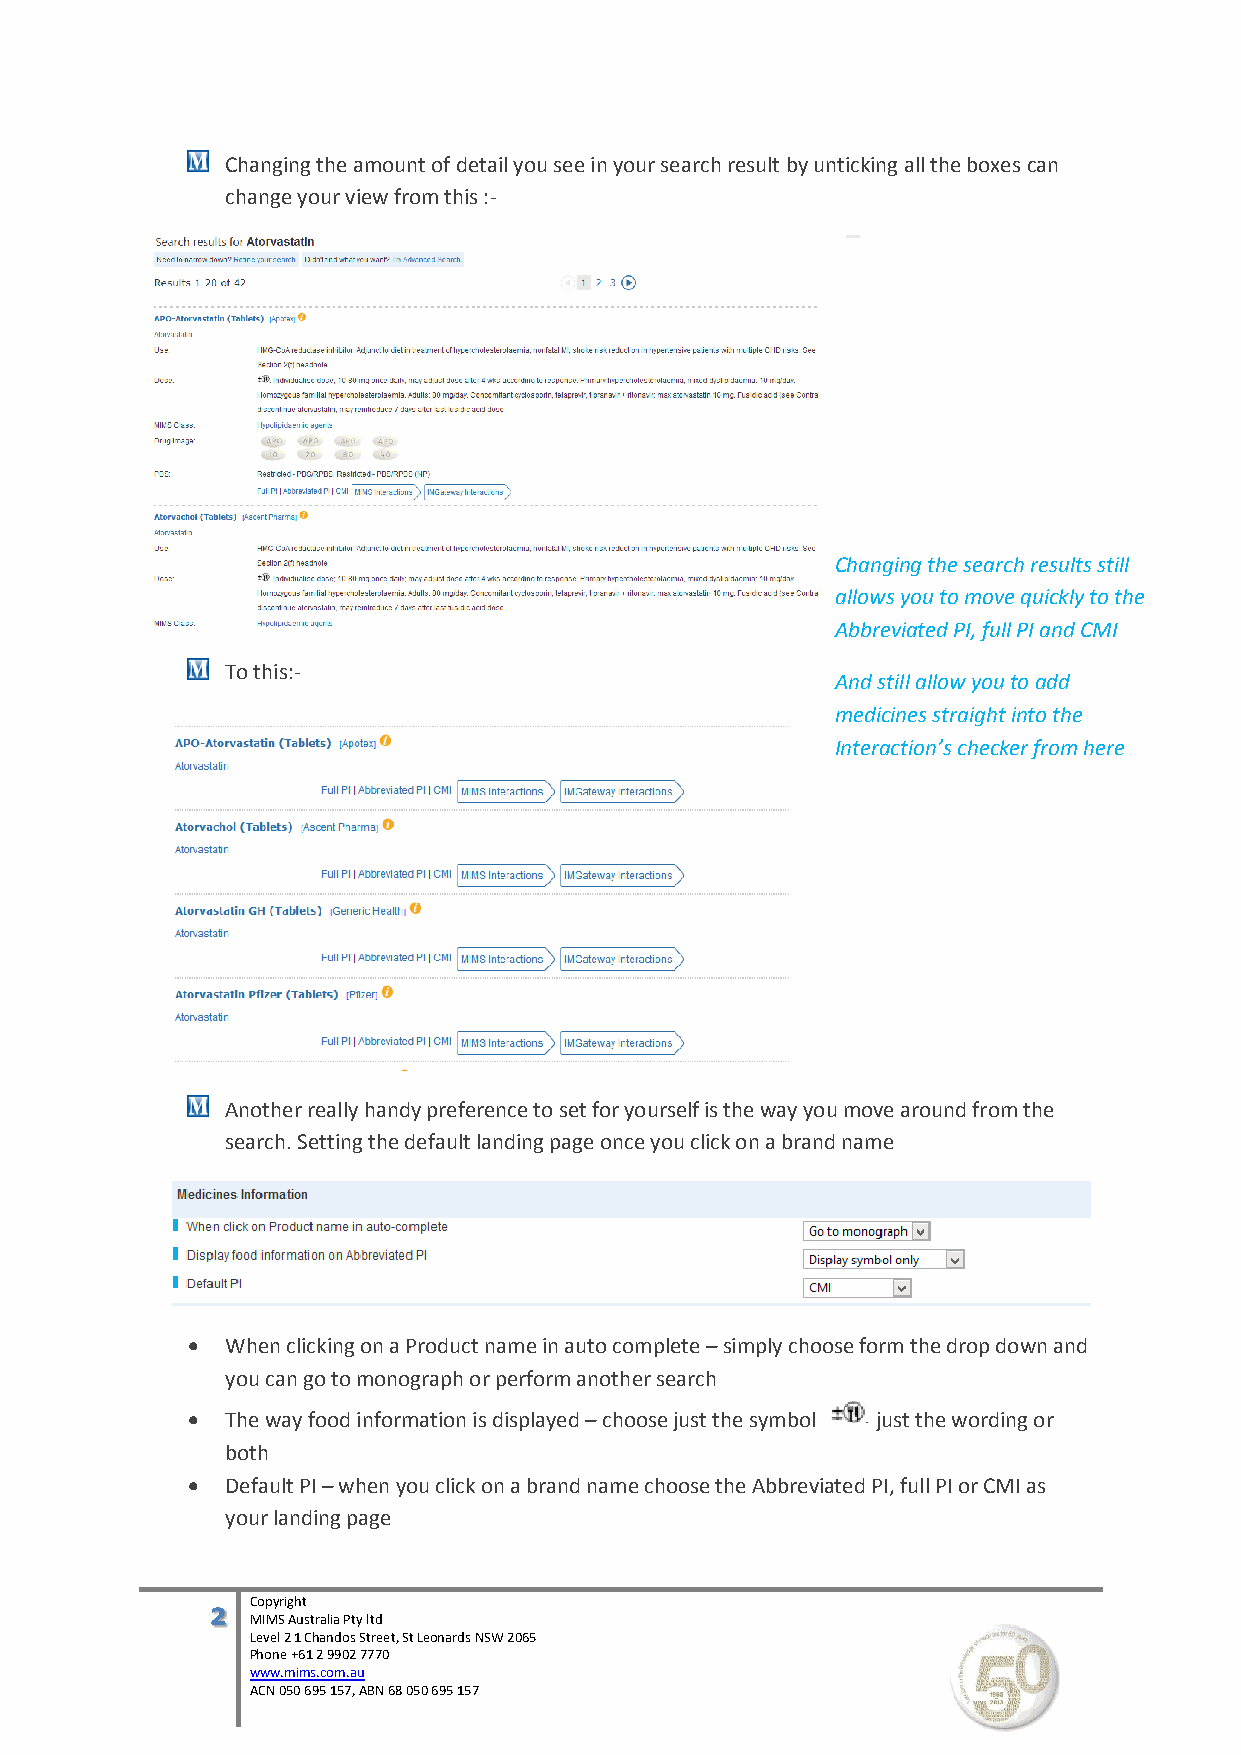
Changing the amount of detail you see in your search result by unticking all the boxes can
 change your view from this :-
 Changing the search results still
 allows you to move quickly to the
 Ab breviated PI, full PI and CMI
 To this:-
 And still allow you to add
 medicines straight into the
 Interaction’s checker from here
 Another really handy preference to set for yourself is the way you move around from the
 search. Setting the default landing page once you click on a brand name
   When clicking on a Product name in auto complete – simply choose form the drop down and
 you can go to monograph or perform another search
   The way food information is displayed – choose just the symbol just the wording or
 both
   Default PI – when you click on a brand name choose the Abbreviated PI, full PI or CMI as
 your landing page
 2  Copyright
 MIMS Australia Pty ltd
 Level 2 1 Chandos Street, St Leonards NSW 2065
 Phone +61 2 9902 7770
 www.mims.com.au
 ACN 050 695 157, ABN 68 050 695 157